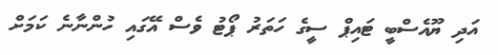
އަދި ޔޫއެސްބީ ޓައިޕް ސީގެ ހަތަރު ޕޯޓު ވެސް އޭގައި ހުންނާނެ ކަމަށް